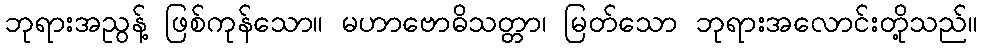
ဘုရားအညွန့် ဖြစ်ကုန်သော။ မဟာဗောဓိသတ္တာ၊ မြတ်သော ဘုရားအလောင်းတို့သည်။